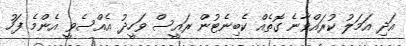
އަދި އަމަލު ކުރައްވާނެ ގޮތެއް ކެބިނެޓުން ރައީސް ވަހީދު އެއްސެވީ އެންމެ ފަހު